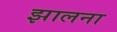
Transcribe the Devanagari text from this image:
झालना